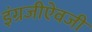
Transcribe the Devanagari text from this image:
इंग्रजीऐवजी